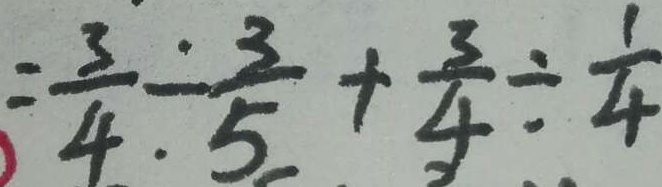
= \frac { 3 } { 4 } \div \frac { 3 } { 5 } + \frac { 3 } { 4 } \div \frac { 1 } { 4 }